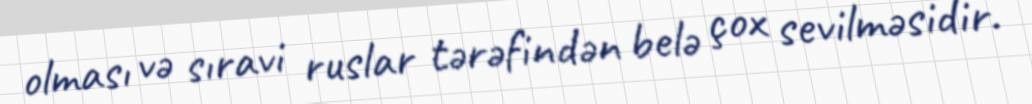
olması və sıravi ruslar tərəfindən belə çox sevilməsidir.